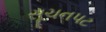
સૂચનપટ